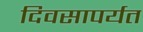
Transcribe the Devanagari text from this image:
दिवसापर्यत